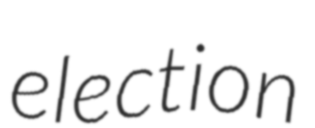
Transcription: election